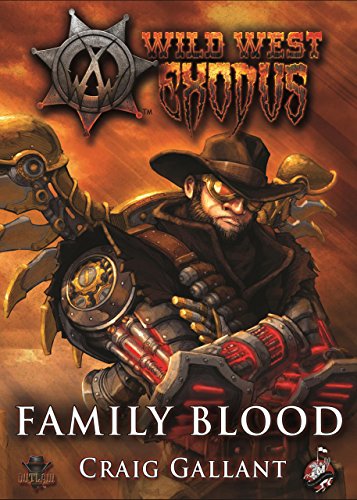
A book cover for Family Blood (Wild West Exodus); Craig Gallant; Science Fiction & Fantasy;